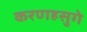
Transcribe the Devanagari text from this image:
करणहसुगे